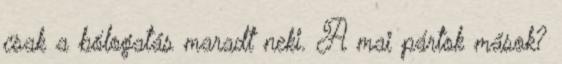
csak a bólogatás maradt neki. A mai pártok mások?